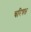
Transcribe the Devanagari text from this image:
चरित्रत